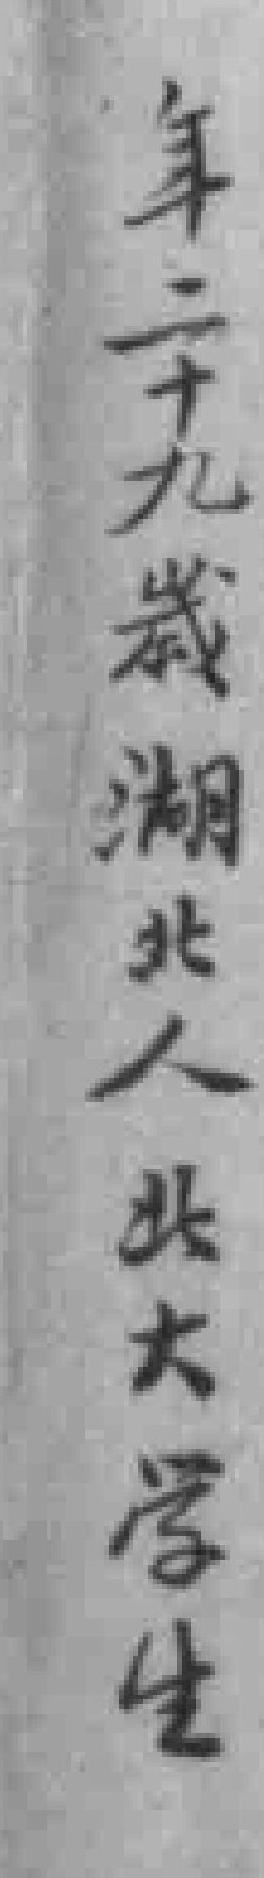
年二十九歲湖北人北大学生